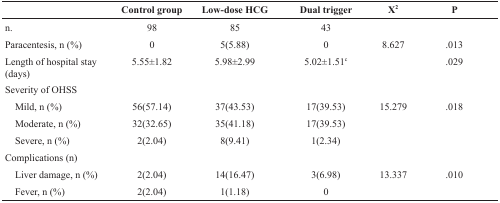
<table><thead><tr><td></td><td><b>Control group</b></td><td><b>Low-dose HCG</b></td><td><b>Dual trigger</b></td><td><b>X<sup>2</sup></b></td><td><b>P</b></td></tr></thead><tbody><tr><td>n.</td><td>98</td><td>85</td><td>43</td><td></td><td></td></tr><tr><td>Paracentesis, n (%)</td><td>0</td><td>5(5.88)</td><td>0</td><td>8.627</td><td>.013</td></tr><tr><td>Length of hospital stay (days)</td><td>5.55±1.82</td><td>5.98±2.99</td><td>5.02±1.51<sup>c</sup></td><td></td><td>.029</td></tr><tr><td colspan="6">Severity of OHSS</td></tr><tr><td> Mild, n (%)</td><td>56(57.14)</td><td>37(43.53)</td><td>17(39.53)</td><td>15.279</td><td>.018</td></tr><tr><td> Moderate, n (%)</td><td>32(32.65)</td><td>35(41.18)</td><td>17(39.53)</td><td colspan="2"></td></tr><tr><td> Severe, n (%)</td><td>2(2.04)</td><td>8(9.41)</td><td>1(2.34)</td><td colspan="2"></td></tr><tr><td colspan="6">Complications (n)</td></tr><tr><td> Liver damage, n (%)</td><td>2(2.04)</td><td>14(16.47)</td><td>3(6.98)</td><td>13.337</td><td>.010</td></tr><tr><td> Fever, n (%)</td><td>2(2.04)</td><td>1(1.18)</td><td>0</td><td colspan="2"></td></tr></tbody></table>